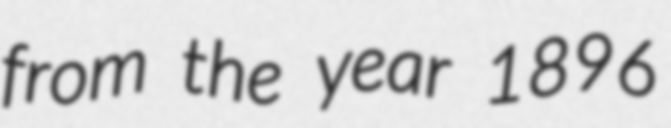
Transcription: from the year 1896